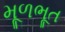
મૂળભૂત